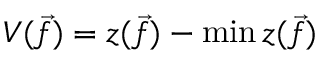
V ( \vec { f } ) = z ( \vec { f } ) - \operatorname* { m i n } z ( \vec { f } )